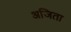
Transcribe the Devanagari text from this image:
अजिता